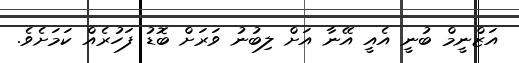
އަޒްނީމް ބުނީ އެއީ އޭނާ އަށް ލިބުނު ވަރަށް ބޮޑު ފަހުރެއް ކަމަށެވެ.